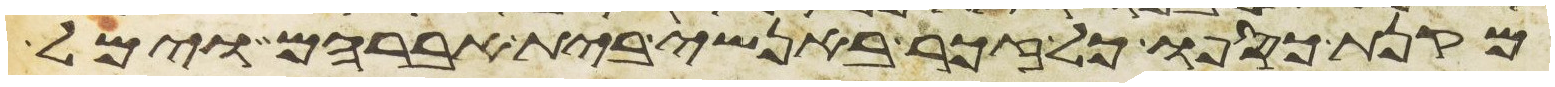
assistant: מקנת כספו כל זכר באנשי בית אברהם וימל